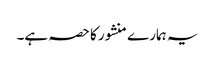
یہ ہمارے منشور کا حصہ ہے۔